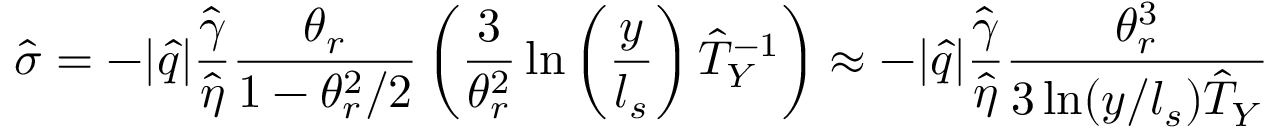
\hat { \sigma } = - | \hat { q } | \frac { \hat { \gamma } } { \hat { \eta } } \frac { \theta _ { r } } { 1 - \theta _ { r } ^ { 2 } / 2 } \left( \frac { 3 } { \theta _ { r } ^ { 2 } } \ln \left( \frac { y } { l _ { s } } \right) \hat { T } _ { Y } ^ { - 1 } \right) \approx - | \hat { q } | \frac { \hat { \gamma } } { \hat { \eta } } \frac { \theta _ { r } ^ { 3 } } { 3 \ln ( y / l _ { s } ) \hat { T } _ { Y } }